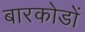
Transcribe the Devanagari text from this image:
बारकोडों